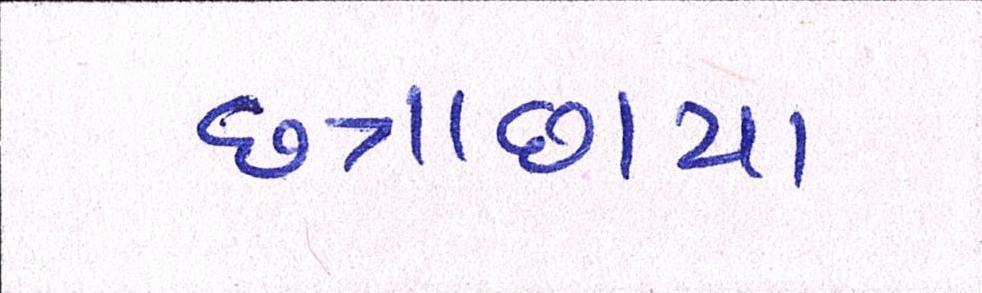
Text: છત્રાછાયા